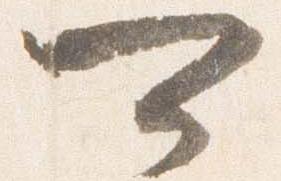
可